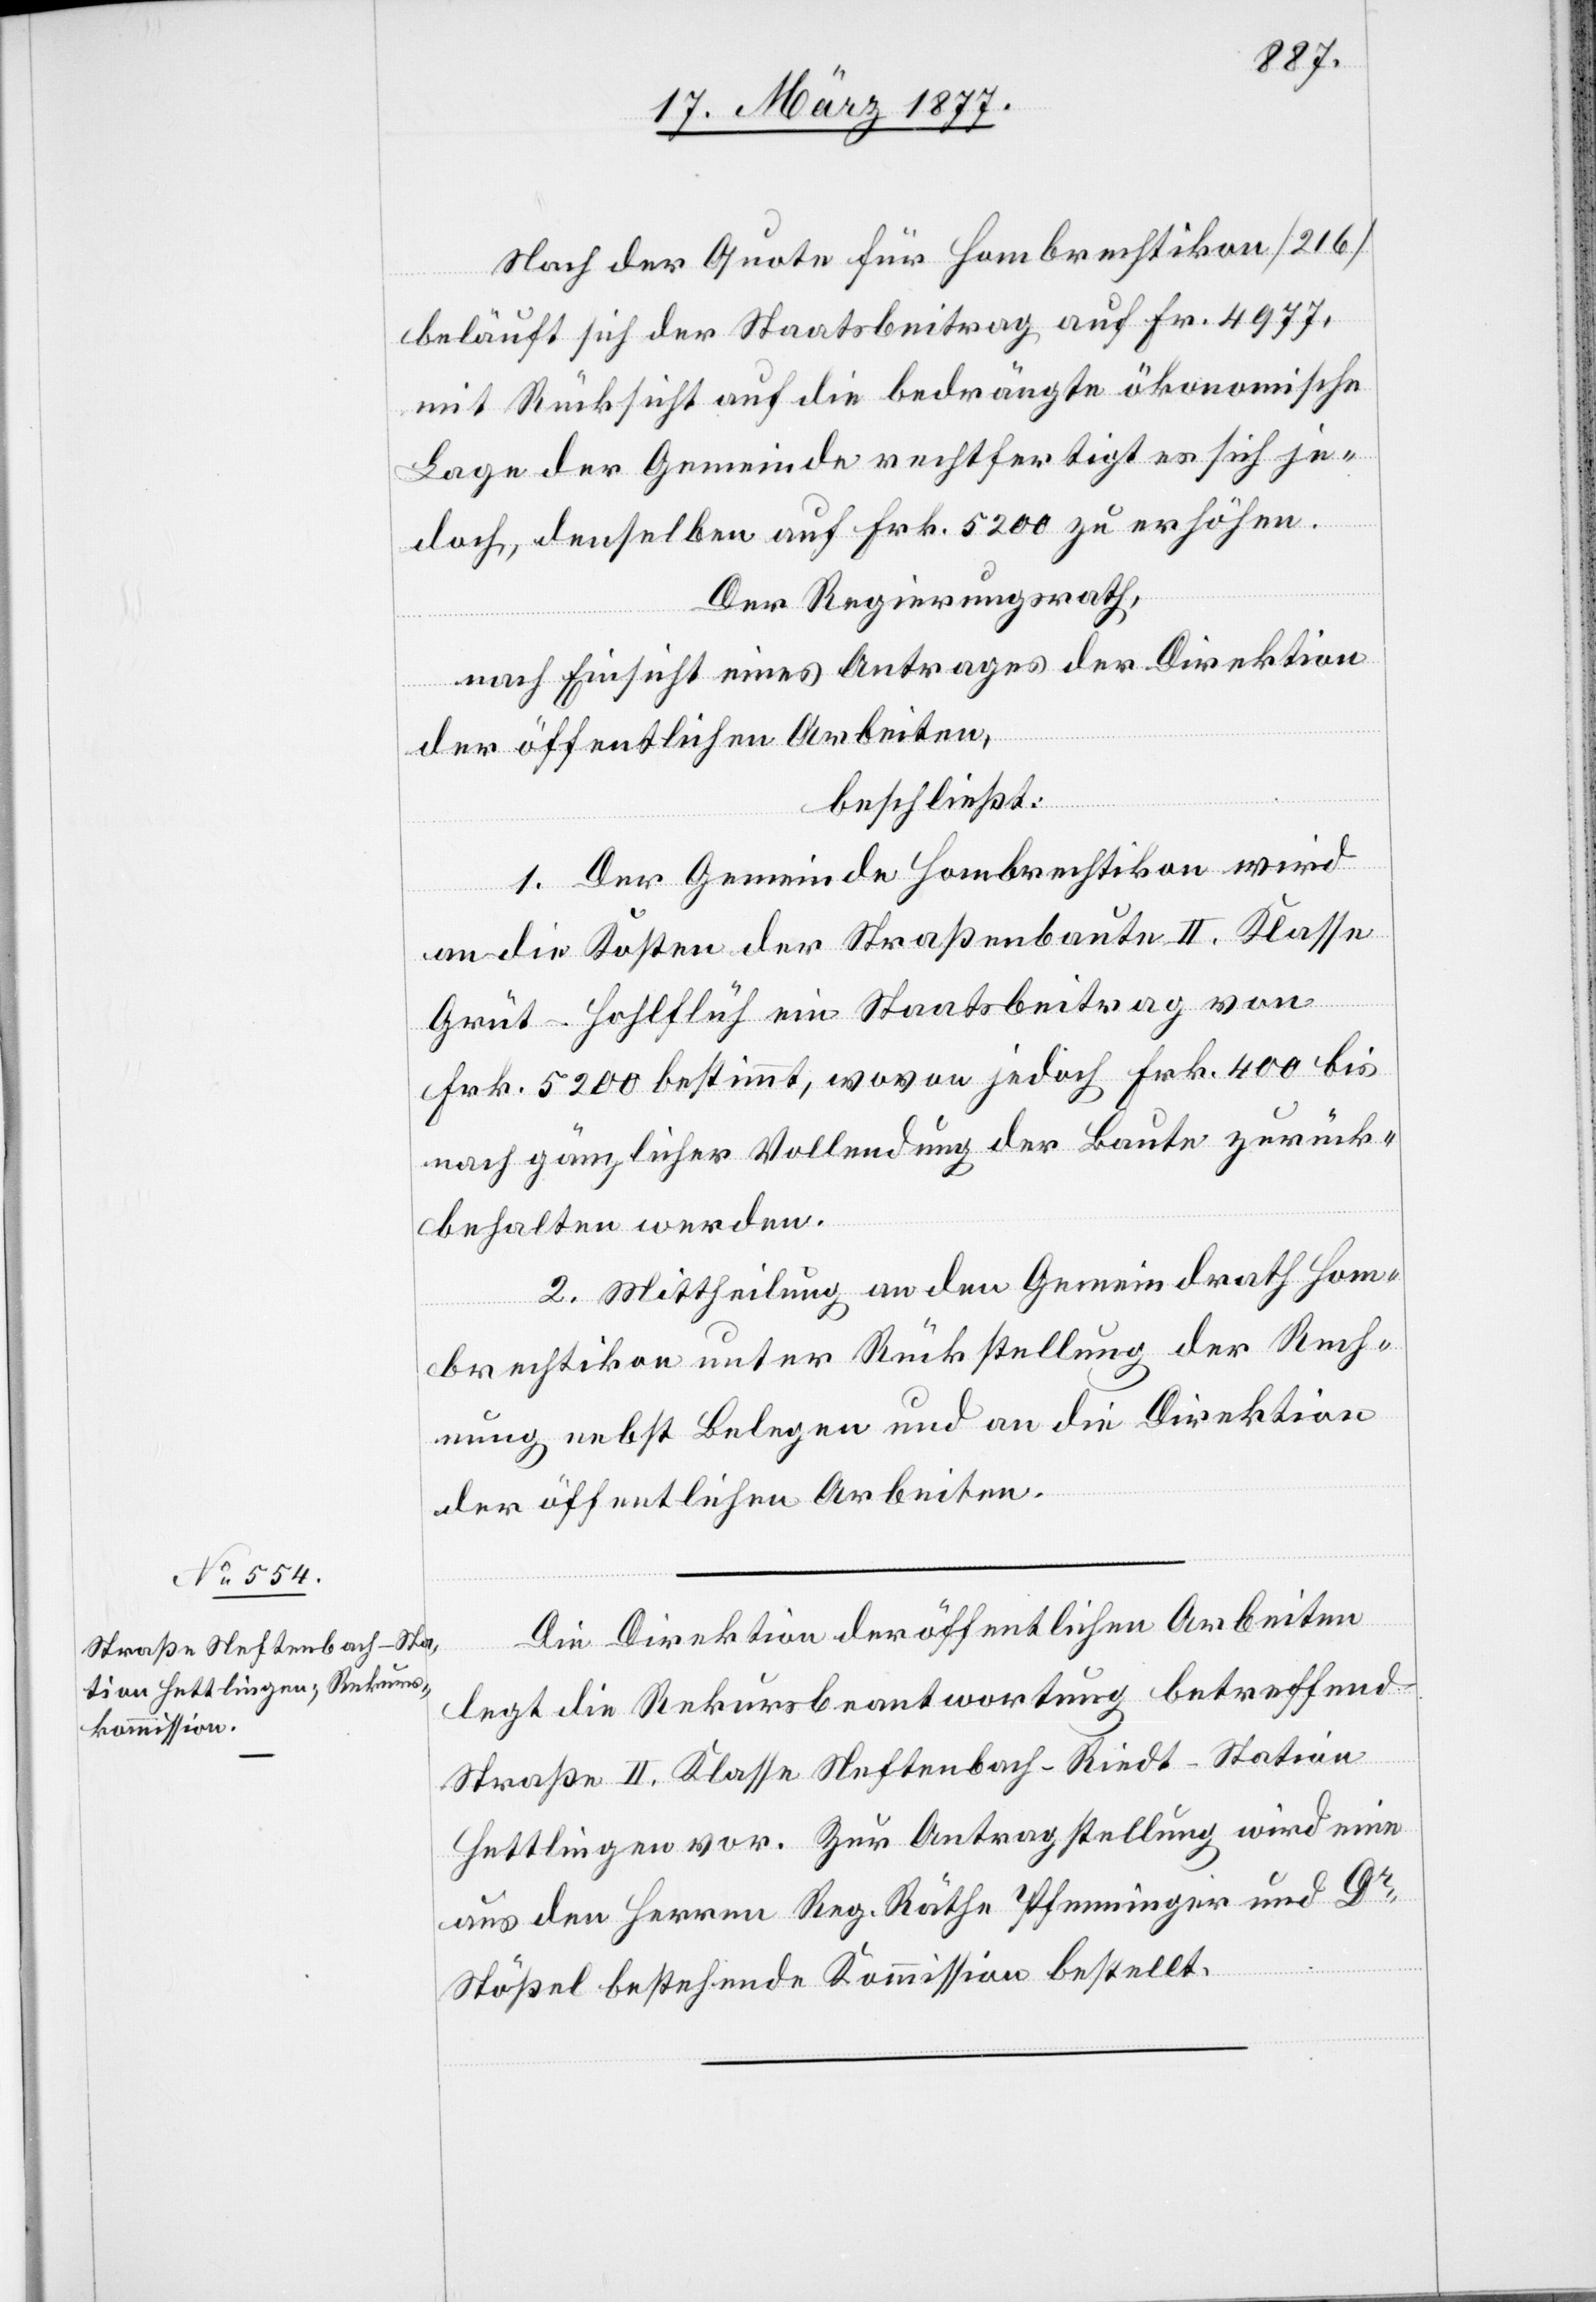
Nach der Quote für Hombrechtikon [216]
beläuft sich der Staatsbeitrag auf Fr. 4977,
mit Rücksicht auf die bedrängte ökonomische
Lage der Gemeinde rechtfertigt es sich je¬
doch, denselben auf Frk. 5200 zu erhöhen.
Der Regierungsrath,
nach Einsicht eines Antrages der Direktion
der öffentlichen Arbeiten,
beschließt:
1. Der Gemeinde Hombrechtikon wird
an die Kosten der Straßenbaute II. Klasse
Grüt–Hohlflüh ein Staatsbeitrag von
Frk. 5200 bestimmt, wovon jedoch Frk. 400 bis
nach gänzlicher Vollendung der Baute zurück¬
behalten werden.
2. Mittheilung an den Gemeindrath Hom¬
brechtikon unter Rückstellung der Rech¬
nung nebst Belegen und an die Direktion
der öffentlichen Arbeiten.
Die Direktion der öffentlichen Arbeiten
legt die Rekursbeantwortung betreffend
Straße II. Klasse Neftenbach–Riedt–Station
Hettlingen vor. Zur Antragstellung wird eine
aus den Herren Reg. Räthe Pfenninger und Dr
Stößel bestehende Kommission bestellt.